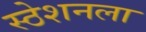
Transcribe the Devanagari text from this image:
स्ठेशनला